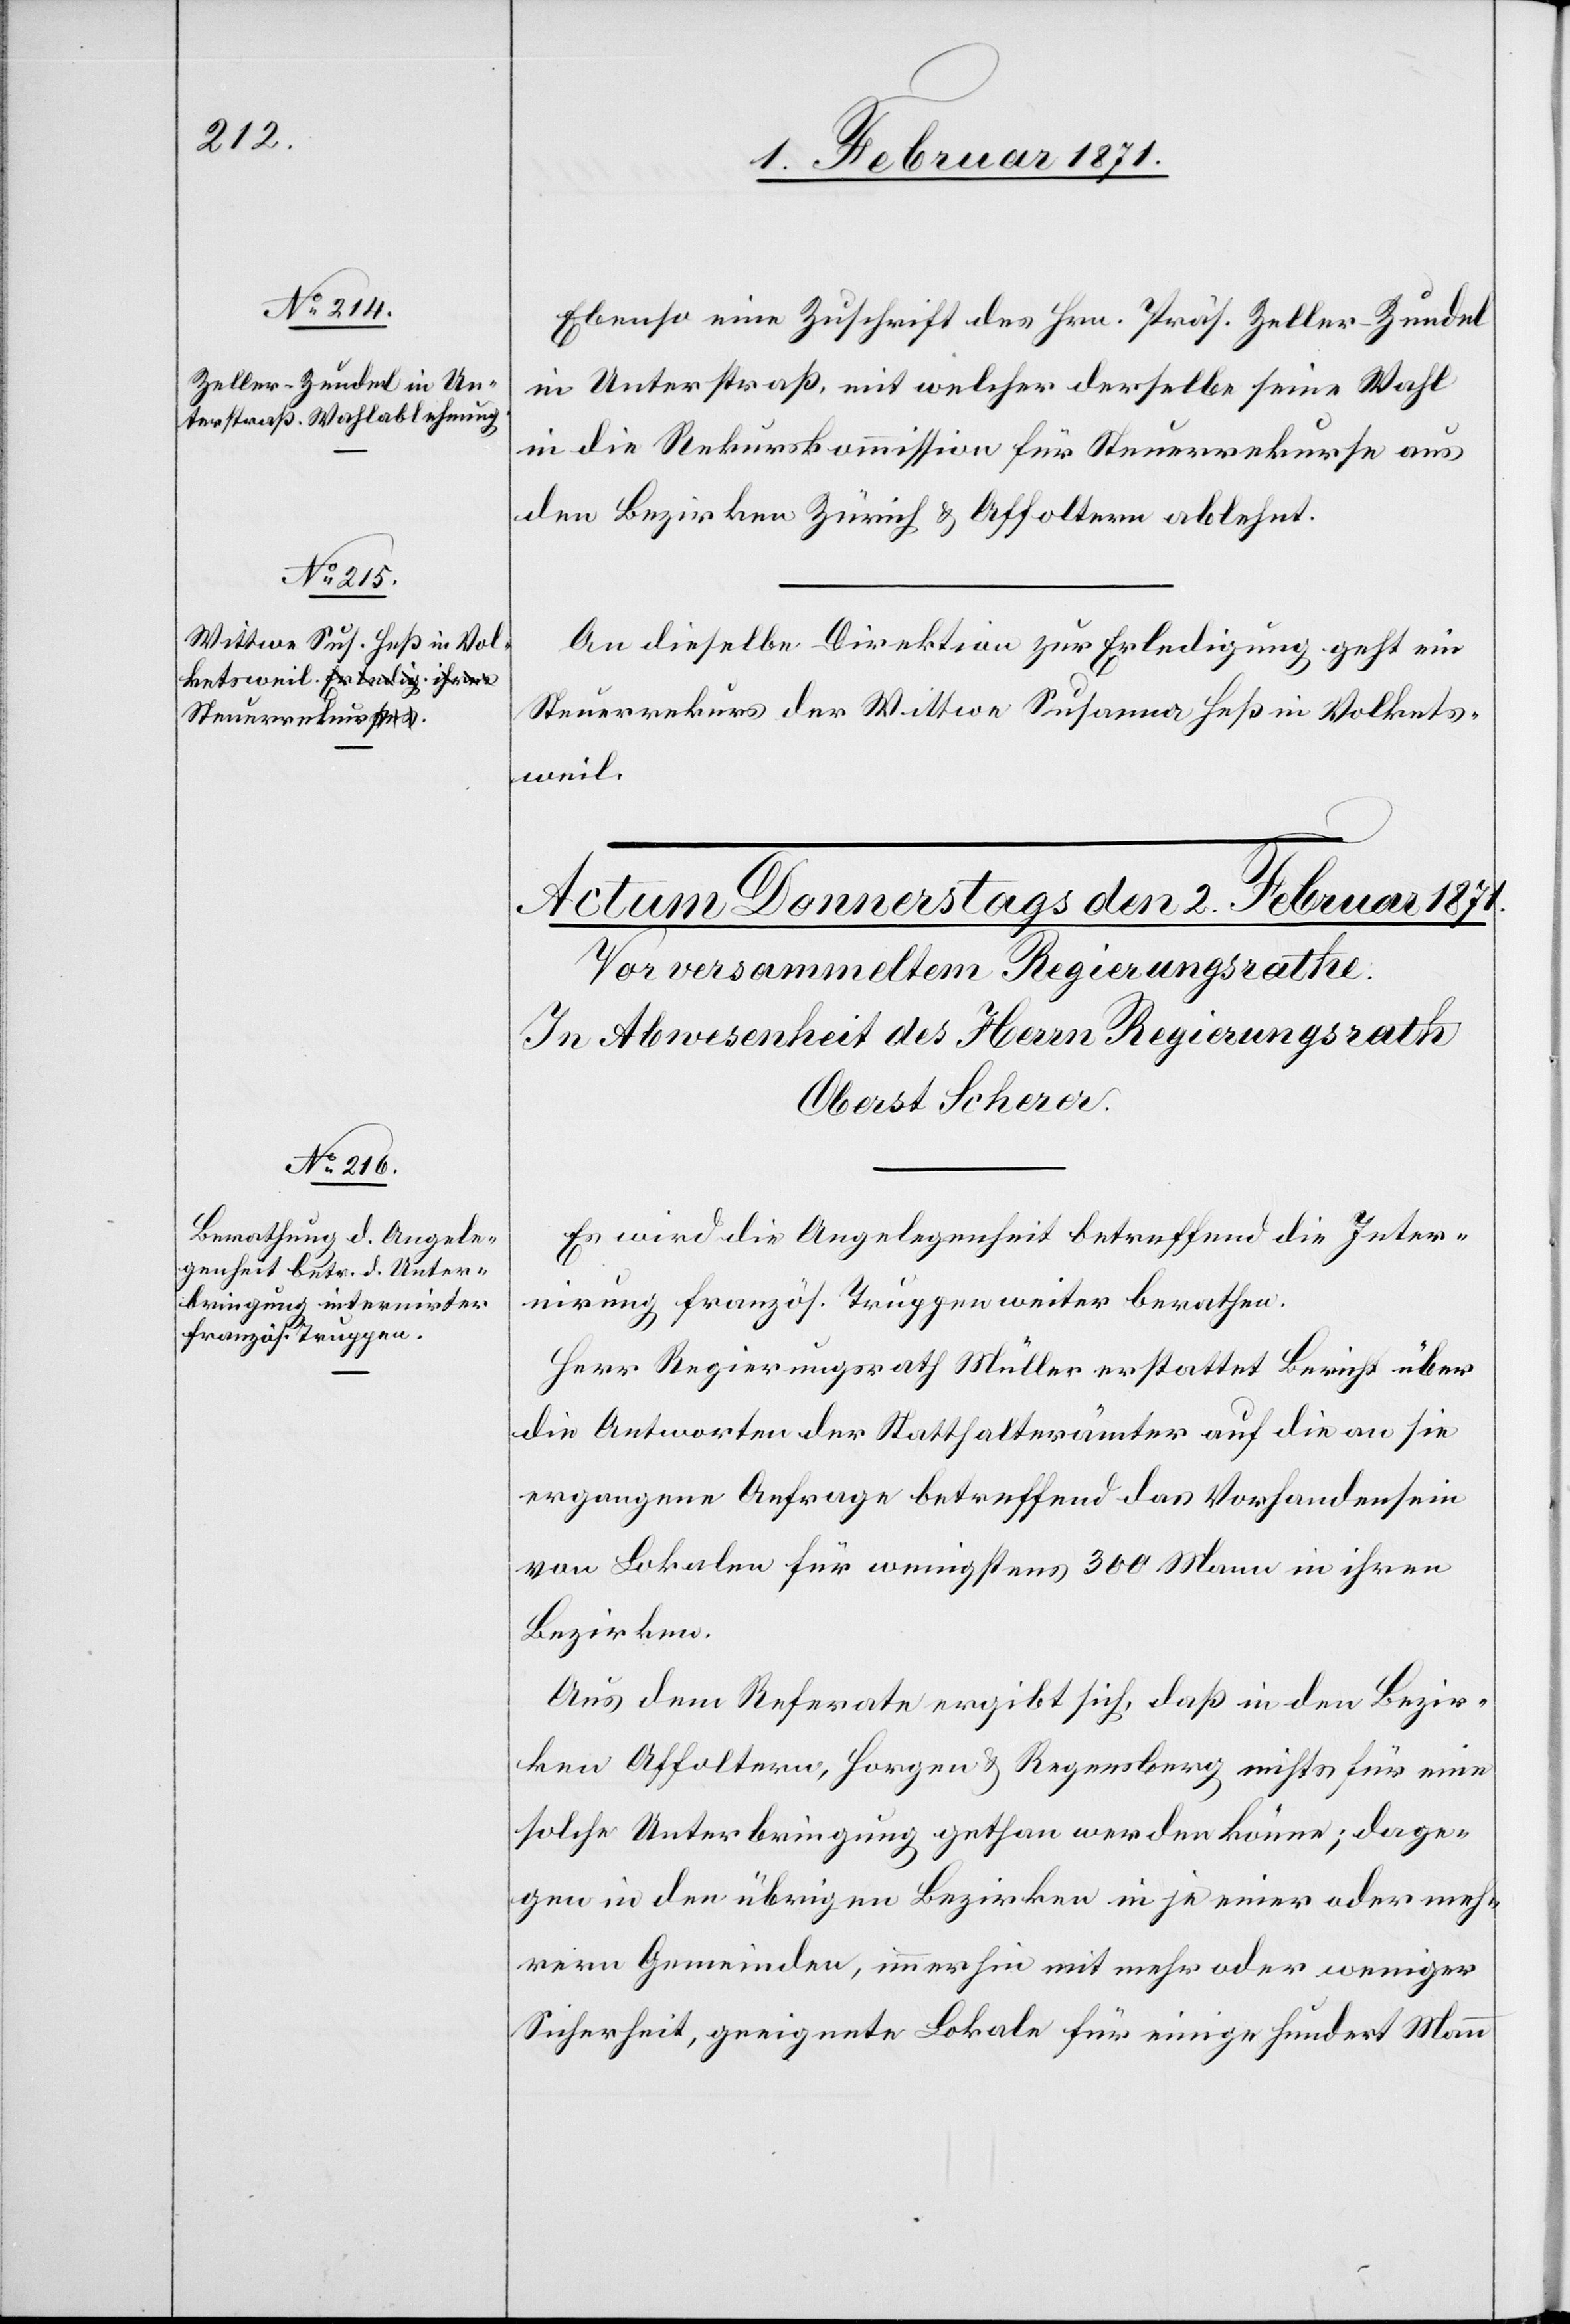
1. Februar 1871.]
Ebenso eine Zuschrift des Hrn. Präs. Zeller-Zundel
in Unterstraß, mit welcher derselbe seine Wahl
in die Rekurskommission für Steuerrekurse aus
den Bezirken Zürich u. Affoltern ablehnt.
An dieselbe Direktion zur Erledigung geht ein
Steuerrekurs der Wittwe Susanna Heß in Volkets¬
weil.
Es wird die Angelegenheit betreffend die Inter¬
nirung französ. Truppen weiter berathen.
Herr Regierungsrath Müller erstattet Bericht über
die Antworten der Statthalterämter auf die an sie
ergangene Anfrage betreffend das Vorhandensein
von Lokalen für wenigstens 300 Mann in ihren
Bezirken.
Aus dem Referate ergibt sich, daß in den Bezir¬
ken Affoltern, Horgen u. Regensberg nichts für eine
solche Unterbringung gethan werden könne; dage¬
gen in den übrigen Bezirken in je einer oder meh¬
rern Gemeinden, immerhin mit mehr oder weniger
Sicherheit, geeignete Lokale für einige hundert Mann